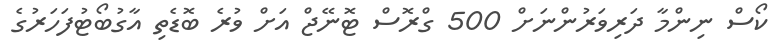
ކޯސް ނިންމާ ދަރިވަރުންނަށް 500 ގްރޮސް ޓޮނޭޖް އަށް ވުރެ ބޮޑެތި އާގުބޯޓުފަހަރުގެ